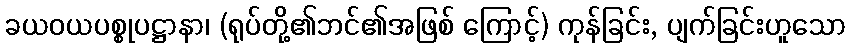
ခယဝယပစ္စုပဋ္ဌာနာ၊ (ရုပ်တို့၏ဘင်၏အဖြစ် ကြောင့်) ကုန်ခြင်း, ပျက်ခြင်းဟူသော